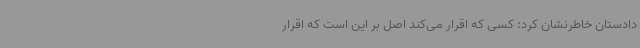
دادستان خاطرنشان کرد: کسی که اقرار می‌کند اصل بر این است که اقرار